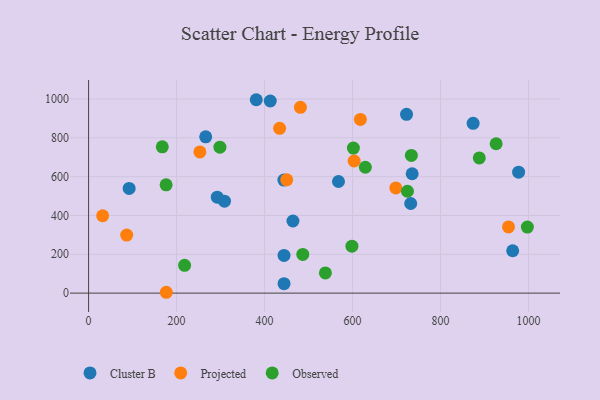
{"axis": {"x": "Experience", "y": "Sales"}, "legend": ["Cluster B", "Observed", "Projected"], "data": [{"x": "464.5", "y": 371.4, "type": "Cluster B"}, {"x": "381.1", "y": 996.3, "type": "Cluster B"}, {"x": "444.2", "y": 194.3, "type": "Cluster B"}, {"x": "722.7", "y": 921.2, "type": "Cluster B"}, {"x": "292.5", "y": 494.0, "type": "Cluster B"}, {"x": "964.0", "y": 218.2, "type": "Cluster B"}, {"x": "413.0", "y": 989.8, "type": "Cluster B"}, {"x": "266.2", "y": 805.4, "type": "Cluster B"}, {"x": "443.9", "y": 582.4, "type": "Cluster B"}, {"x": "308.9", "y": 473.4, "type": "Cluster B"}, {"x": "735.5", "y": 615.0, "type": "Cluster B"}, {"x": "977.5", "y": 622.8, "type": "Cluster B"}, {"x": "92.2", "y": 539.3, "type": "Cluster B"}, {"x": "732.2", "y": 461.7, "type": "Cluster B"}, {"x": "444.3", "y": 48.5, "type": "Cluster B"}, {"x": "568.0", "y": 575.1, "type": "Cluster B"}, {"x": "874.1", "y": 874.8, "type": "Cluster B"}, {"x": "481.5", "y": 957.0, "type": "Projected"}, {"x": "176.6", "y": 4.3, "type": "Projected"}, {"x": "253.0", "y": 727.5, "type": "Projected"}, {"x": "617.8", "y": 894.9, "type": "Projected"}, {"x": "954.5", "y": 341.2, "type": "Projected"}, {"x": "450.3", "y": 583.8, "type": "Projected"}, {"x": "86.6", "y": 299.2, "type": "Projected"}, {"x": "603.6", "y": 680.7, "type": "Projected"}, {"x": "434.2", "y": 848.8, "type": "Projected"}, {"x": "698.3", "y": 541.7, "type": "Projected"}, {"x": "31.9", "y": 398.5, "type": "Projected"}, {"x": "176.2", "y": 557.7, "type": "Observed"}, {"x": "167.5", "y": 753.4, "type": "Observed"}, {"x": "218.2", "y": 143.2, "type": "Observed"}, {"x": "538.3", "y": 103.9, "type": "Observed"}, {"x": "486.9", "y": 199.5, "type": "Observed"}, {"x": "298.5", "y": 751.7, "type": "Observed"}, {"x": "724.8", "y": 524.8, "type": "Observed"}, {"x": "926.4", "y": 769.6, "type": "Observed"}, {"x": "733.7", "y": 709.1, "type": "Observed"}, {"x": "888.1", "y": 696.4, "type": "Observed"}, {"x": "629.1", "y": 648.5, "type": "Observed"}, {"x": "598.6", "y": 241.6, "type": "Observed"}, {"x": "997.4", "y": 340.3, "type": "Observed"}, {"x": "601.9", "y": 747.0, "type": "Observed"}]}